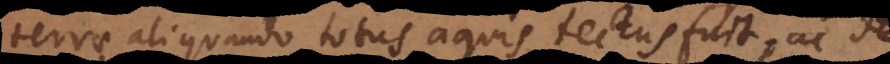
aliquando totus aquis tectus fuit, ac de